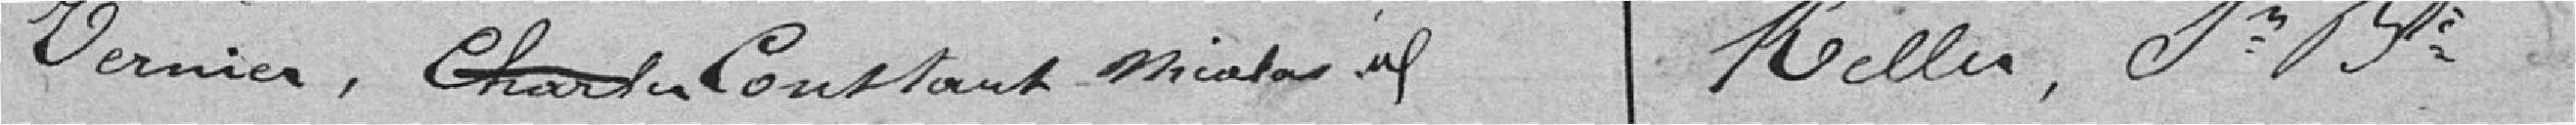
Keller, Jean-Baptiste